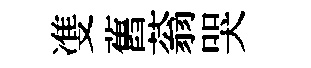
㕠舊蓊哭